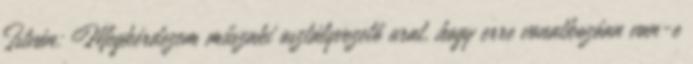
István: Megkérdezem műszaki osztályvezető urat, hogy erre vonatkozóan van-e